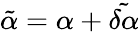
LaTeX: \tilde{\alpha}=\alpha+\tilde{\delta\alpha}